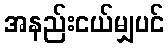
အနည်းငယ်မျှပင်